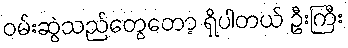
ဝမ်းဆွဲသည်တွေတော့ ရှိပါတယ် ဦးကြီး